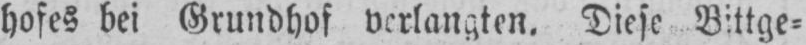
hofes bei Grundhof verlangten. Diese Bittge⸗